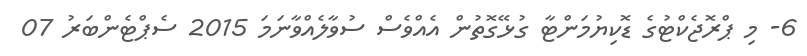
6- މި ޕްރޮޖެކްޓުގެ ޑޮކިޔުމަންޓާ ގުޅޭގޮތުން އެއްވެސް ސުވާލެއްވާނަމަ 2015 ސެޕްޓެންބަރު 07